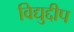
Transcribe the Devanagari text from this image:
विद्युद्दीप